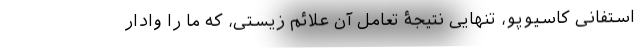
استفانی کاسیوپو، تنهایی نتیجۀ تعاملِ آن علائمِ زیستی، که ما را وادار